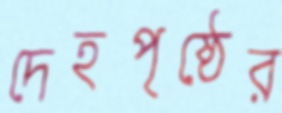
দেহপৃষ্ঠের